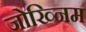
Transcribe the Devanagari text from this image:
जोख्निम